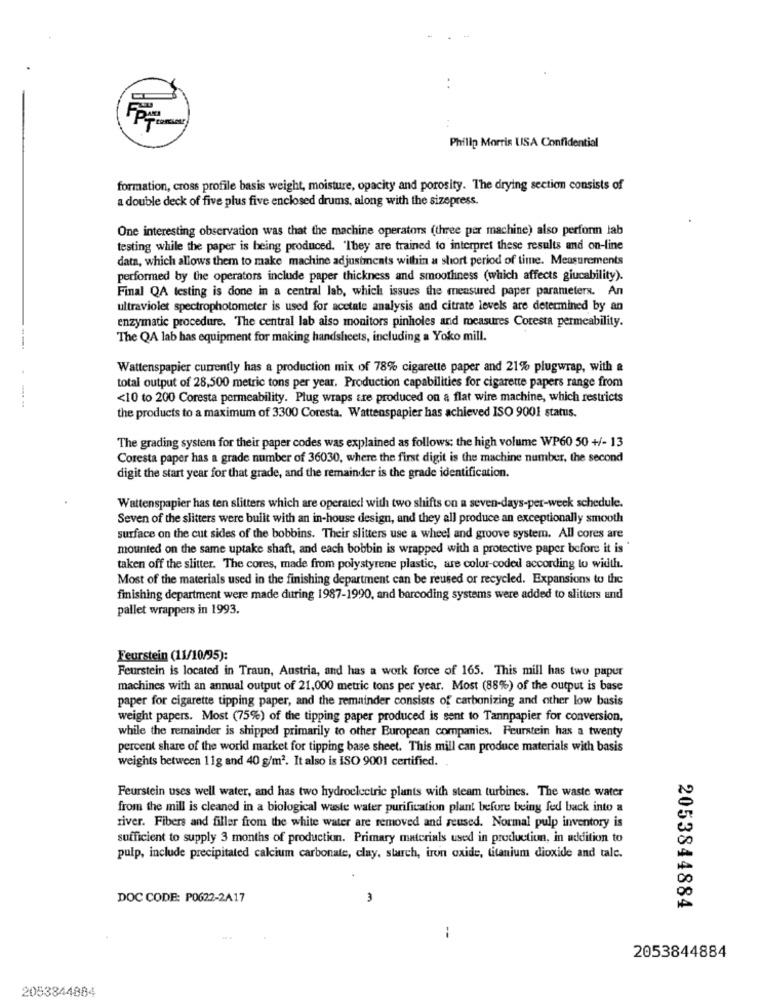
..
Philip Morris USA Confidential
formation, cross profile basis weight, moisture, opacity and porosity. The drying section consists of
a double deck of five plus five enclosed drums, along with the sizepress.
One interesting observation was that the machine operators (three per machine) also perform lab
testing while the paper is being produced. "They are trained to interpret these results and on-line
data, which allows them to make machine adjustments within a short period of time. Measurements
performed by the operators include paper thickness and smoothness (which affects giucability).
Final QA testing is done in a central lab, which issues the measured paper parameters. An
ultraviolet spectrophotometer is used for acetate analysis and citrate levels are determined by an
enzymatic procedure. The central lab also monitors pinholes and measures Cotesta permeability.
The QA lab has equipment for making handsheets, including a Yoko mill.
Wattenspapier currently has a production mix of 78% cigarette paper and 21% plugwrap, with a
total output of 28,500 metric tons per year. Production capabilities for cigarette papers range from
<10 to 200 Coresta permeability. Plug wraps are produced on a flat wire machine, which restricts
the products to a maximum of 3300 Coresta. Wattenspapier has achieved ISO 9001 status.
The grading system for their paper codes was explained as follows: the high volume WP60 50 +/- 13
Coresta paper has a grade number of 36030, where the first digit is the machine number, the second
digit the start year for that grade, and the remainder is the grade identification.
Wattenspapier has ten slitters which are operated with two shifts on a seven-days-per-week schedule.
Seven of the slitters were built with an in-house design, and they all produce an exceptionally smooth
surface on the cut sides of the bobbins. Their slitters use a wheel and groove system. All cores are
mounted on the same uptake shaft, and each bobbin is wrapped with a protective paper before it is"
taken off the slitter. The cores, made from polystyrene plastic, are color-coded according to width.
Most of the materials used in the finishing department can be reused or recycled. Expansions to the
finishing department were made during 1987-1990, and barcoding systems were added to slitters and
pallet wrappers in 1993.
Feurstein (11/10/95):
Feurstein is located in Traun, Austria, and has a work force of 165. This mill has two paper
machines with an annual output of 21,000 metric tons per year. Most (88%) of the output is base
paper for cigarette tipping paper, and the remainder consists of carbonizing and other low basis
weight papers. Most (75%) of the tipping paper produced is sent to Tannpapier for conversion,
while the remainder is shipped primarily to other European companies. Feurstein has a twenty
percent share of the world market for tipping base sheet. This mill can produce materials with basis
weights between 11g and 40 g/m2. It also is ISO 9001 certified.
Feurstein uses well water, and has two hydroelectric plants with steam turbines. The waste water
from the mill is cleaned in a biological waste water purification plant before being fed back into a
river. Fibers and filler from the white water are removed and reused. Normal pulp inventory is
sufficient to supply 3 months of production. Primary materials used in production, in addition to
pulp, include precipitated calcium carbonate, clay, starch, iron oxide, titanium dioxide and tale.
DOC CODE: P0622-2417
3
2053844884
2053844884
2053844884